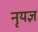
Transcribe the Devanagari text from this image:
नृयज्ञ